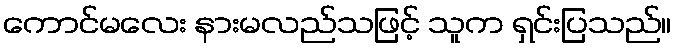
ကောင်မလေး နားမလည်သဖြင့် သူက ရှင်းပြသည်။